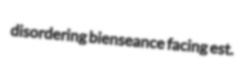
disordering bienseance facing est.